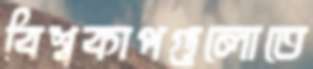
বিশ্বকাপগুলোতে